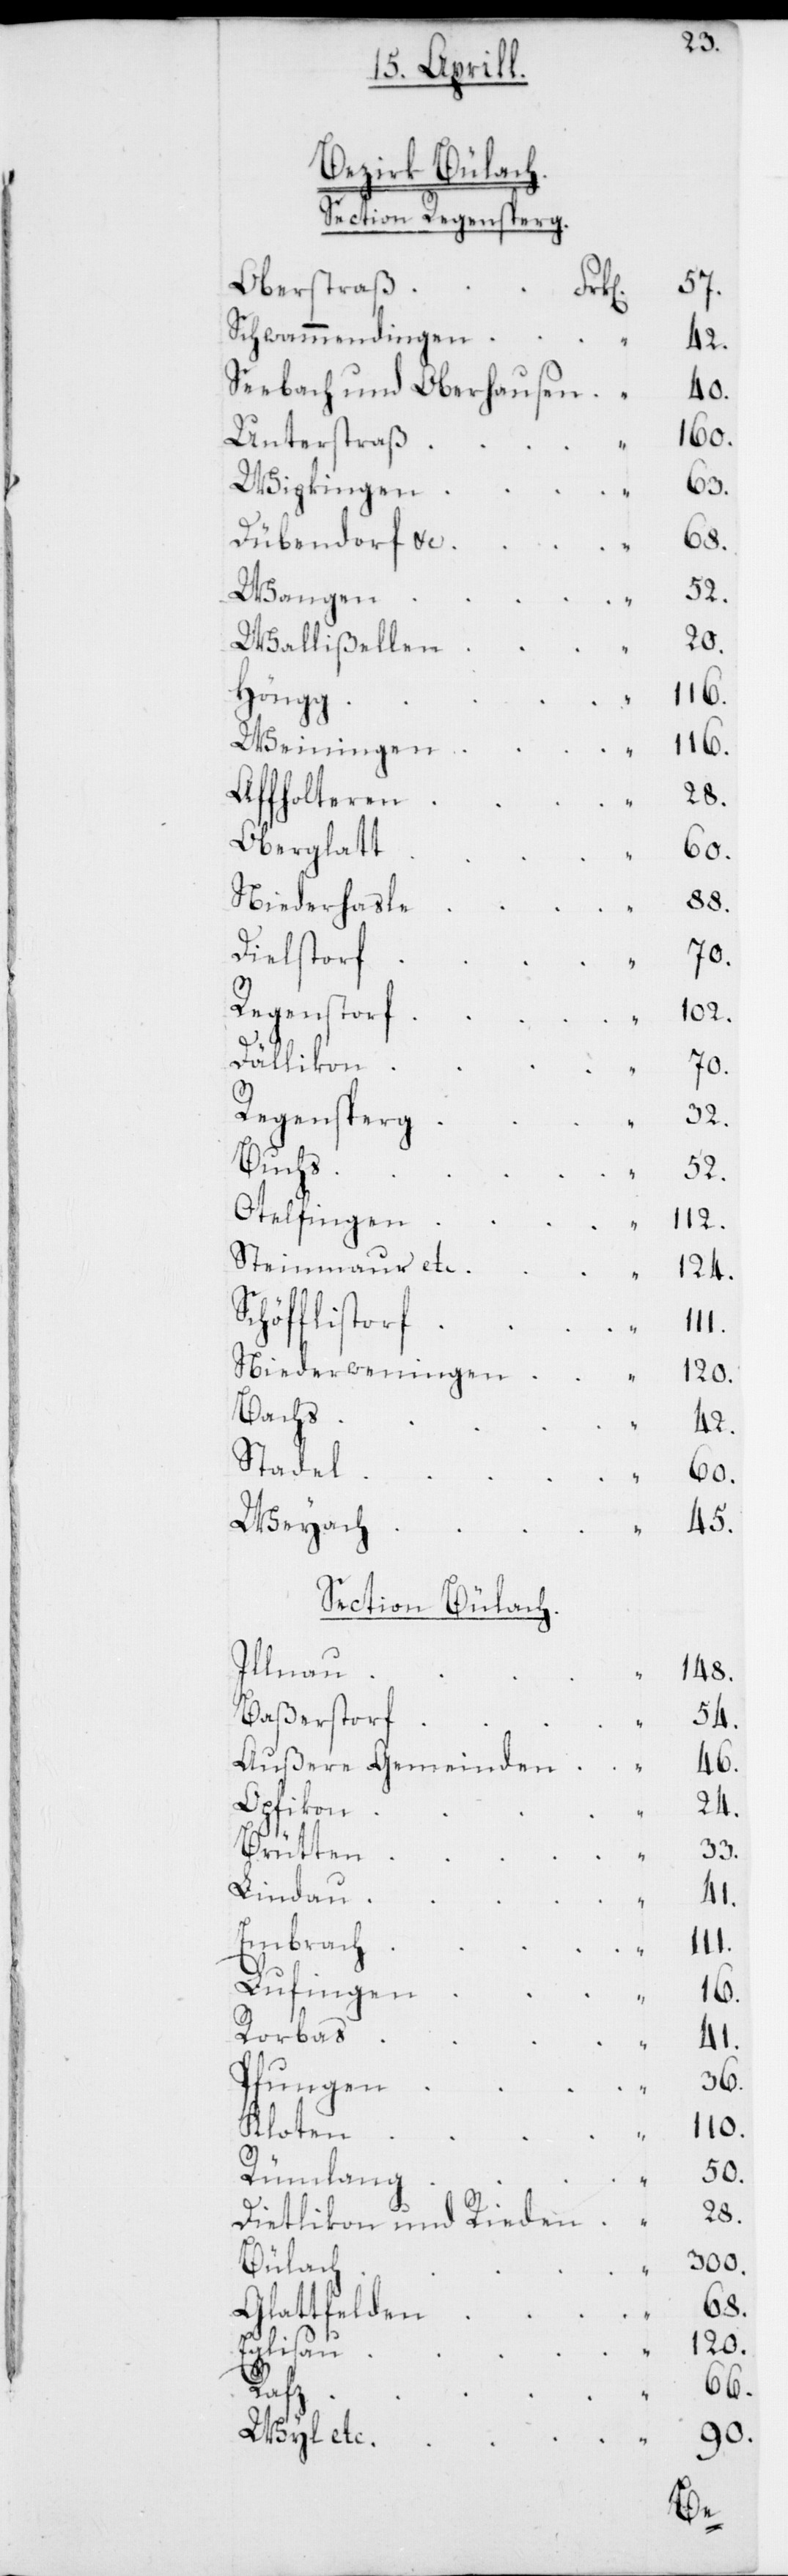
Bezirk Bülach.
Section Regensperg.
Oberstraß
Schwammendingen
42.
Seebach und Oberhausen
160.
Unterstraß
Wipkingen
Dübendorf & c.
32.
Wangen
“
54.
70.
Wallißellen
Höngg
116.
Weiningen
111.
Affholteren
“
Oberglatt
Niederhasle
Dielstorf
Regenstorf
Dällikon
Regensperg
Buchs
Otelfingen
Steinmaur etc.
Schöfflistorf
Niederweningen
Bachs
Stadel
Weyach
Section Bülach.
Illnau
Baßerstorf
Außere Gemeinden
Opfikon
“
Brütten
Lindau
Embrach
Lufingen
Rorbas
Pfungen
Kloten
Rümlang
Dietlikon und Rieden
Bülach
Glattfelden
Eglisau
Rafz
Wyl etc.

33.
“
120.
42.
60.
45.
148.
46.
24.
68.
41.
36.
110.
50.
28.
300.
63.
66.
90.